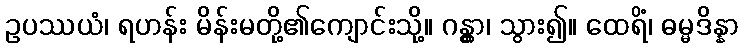
ဥပဿယံ၊ ရဟန်း မိန်းမတို့၏ကျောင်းသို့။ ဂန္တွာ၊ သွား၍။ ထေရိံ၊ ဓမ္မဒိန္နာ